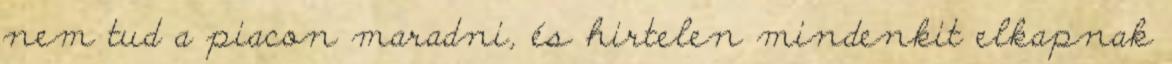
nem tud a piacon maradni, és hirtelen mindenkit elkapnak